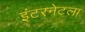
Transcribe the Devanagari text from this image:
इंटरनेटला